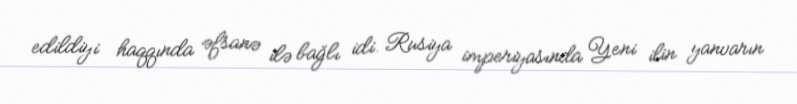
edildiyi haqqında əfsanə ilə bağlı idi. Rusiya imperiyasında Yeni ilin yanvarın